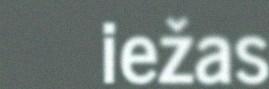
iežas